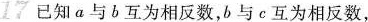
17已知a与b互为相反数，b与c互为相反数，